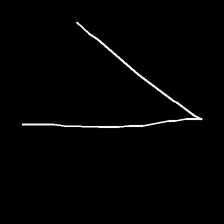
Glyph: region